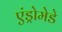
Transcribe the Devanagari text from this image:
एंड्रोमेडे